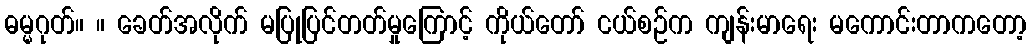
ဓမ္မဂုတ်။ ။ ခေတ်အလိုက် မပြုပြင်တတ်မှုကြောင့် ကိုယ်တော် ငယ်စဉ်က ကျန်းမာရေး မကောင်းတာကတော့